Leaving Certificate, 1899
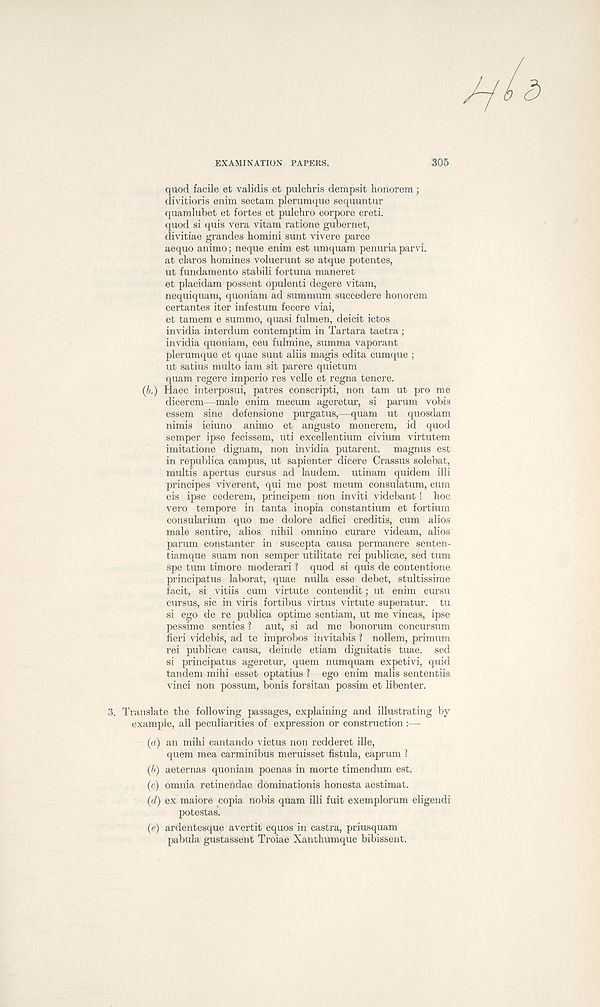
EXAMINATION PAPERS.
305
quod facile et validis et pulchris dempsit honorem;
divitioris enim sectam plerumque sequuntur
quamlubet et fortes et pulchro corpore creti.
quod si quis vera vitam ratione gubernet,
divitiae grandes homini sunt vivere parce
aequo animo; neque enim est umquam penuria parvi.
at claros homines voluerunt se atque potentes,
ut fundamento stabili fortuna maneret
et placidam possent opulenti degere vitam,
nequiquam, quoniam ad summum succedere honorem
certantes iter infestum fecere viai,
et tamem e summo, quasi fulmen, deicit ictos
invidia interdum contemptim in Tartara taetra;
invidia quoniam, ceu fulmine, summa vaporant
plerumque et quae sunt aliis magis edita cumque ;
ut satius multo iam sit parere quietum
quam regere imperio res velle et regna tenere.
(/>.) Haec interposui, patres conscripti, non tarn ut pro me
dicerem—male enim mecum ageretur, si parum vobis
essem sine defensione purgatus,—quam ut quosdam
nimis ieiuno animo et angusto monerem, id quod
semper ipse fecissem, uti excellentium civium virtutem
imitatione dignam, non invidia putarent. magnus est
in republica campus, ut sapienter dicere Crassus solebat,
multis apertus cursus ad laudem. utinam quidem illi
principes viverent, qui me post meum consulatum, cum
eis ipse cederem, principem non inviti videbant! hoc
vero tempore in tanta inopia constantium et fortium
consularium quo me dolore adfici creditis, cum alios
male sentire, alios nihil omnino curare videam, alios
parum constanter in suscepta causa permanere senten-
tiamque suam non semper utilitate rei publicae, sed turn
spe turn timore moderari ? quod si quis de contentione
principatus laborat, quae nulla esse debet, stultissime
facit, si vitiis cum virtute contendit; ut enim cursu
cursus, sic in viris fortibus virtus virtute superatur. tu
si ego de re publica optime sentiam, ut me vincas, ipse
pessime senties 1 aut, si ad me bonorum concursum
fieri videbis, ad te improbos invitabis 1 nollem, primum
rei publicae causa, deinde etiam dignitatis tuae. sed
si principatus ageretur, quern numquam expetivi, quid
tandem mihi esset optatius 1 ego enim malis sententiis
vinci non possum, bonis forsitan possim et libenter.
3. Translate the following passages, explaining and illustrating by
example, all peculiarities of expression or construction:—
(a) an mihi cantando victus non redderet ille,
quem mea carminibus meruisset fistula, caprum ?
(b) aeternas quoniam poenas in morte timendum est.
(c) omnia retinendae dominationis honesta aestimat.
(d) ex maiore copia nobis quam illi fuit exemplorum eligendi
potestas.
(e) ardentesque avertit equos in castra, priusquam
pabula gustassent Troiae Xanthumque bibissent.